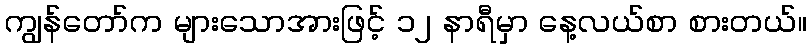
ကျွန်တော်က များသောအားဖြင့် ၁၂ နာရီမှာ နေ့လယ်စာ စားတယ်။